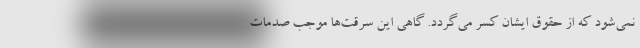
نمی‌شود که از حقوق ایشان کسر می‌گردد. گاهی این سرقت‌ها موجب صدمات